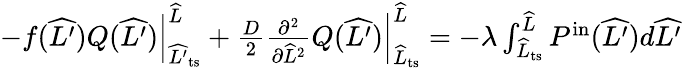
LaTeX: \begin{array}{r}{-\left.f(\widehat{L^{\prime}})Q(\widehat{L^{\prime}})\right|_{\widehat{L^{\prime}}_{\mathrm{ts}}}^{\widehat{L}}+\left.\frac{D}{2}\frac{\partial^{2}}{\partial\widehat{L}^{2}}Q(\widehat{L^{\prime}})\right|_{\widehat{L}_{\mathrm{ts}}}^{\widehat{L}}=-\lambda\int_{\widehat{L}_{\mathrm{ts}}}^{\widehat{L}}P^{\mathrm{in}}(\widehat{L^{\prime}})d\widehat{L^{\prime}}}\end{array}